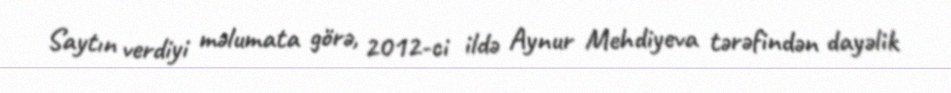
Saytın verdiyi məlumata görə, 2012-ci ildə Aynur Mehdiyeva tərəfindən dayəlik